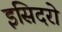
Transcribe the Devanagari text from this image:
इसिदरो